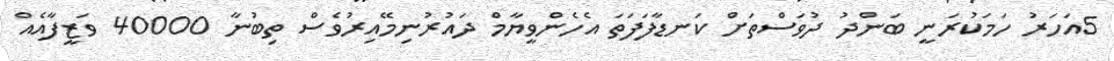
5އަހަރު ހަމަކުރަނީ ބަންދު ދުވަސްތަށް ކަނޑާފަފަތަ އެހެންވީޔާމް ދައުރުނިމޭއިރުވެސް ތިބުނާ 40000 ވަޒީފާއެއް